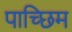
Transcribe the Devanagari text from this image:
पाच्छिम